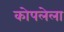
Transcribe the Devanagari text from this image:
कोपलेला